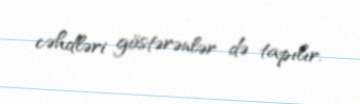
cəhdləri göstərənlər də tapılır.